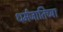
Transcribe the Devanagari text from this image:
धर्मजातिच्या